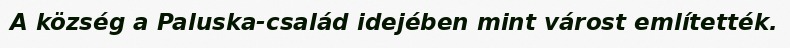
A község a Paluska-család idejében mint várost említették.